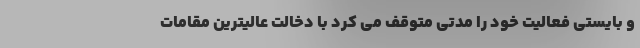
و بایستی فعالیت خود را مدتی متوقف می کرد با دخالت عالیترین مقامات